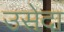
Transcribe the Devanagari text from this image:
उसेदा